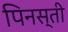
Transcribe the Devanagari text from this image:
पिनस्ती